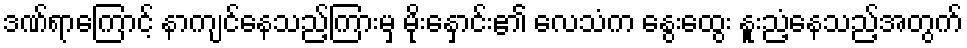
ဒဏ်ရာကြောင့် နာကျင်နေသည့်ကြားမှ မိုးနှောင်း၏ လေသံက နွေးထွေး နူးညံ့နေသည့်အတွက်